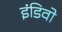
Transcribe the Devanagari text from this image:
इंडिवो